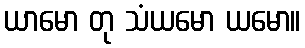
ယာမော တု သံယမော ယမော။